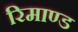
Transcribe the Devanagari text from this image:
रिमाण्ड